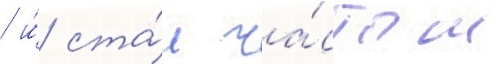
/ и́ ста́л ча́стым